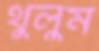
থুলুম